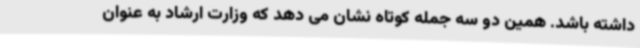
داشته باشد. همین دو سه جمله کوتاه نشان می دهد که وزارت ارشاد به عنوان